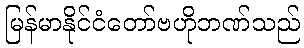
မြန်မာနိုင်ငံတော်ဗဟိုဘဏ်သည်